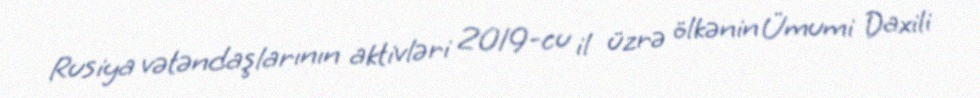
Rusiya vətəndaşlarının aktivləri 2019-cu il üzrə ölkənin Ümumi Daxili